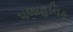
પલાહનિક